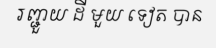
រញ្ជួយ ដី មួយ ទៀត បាន